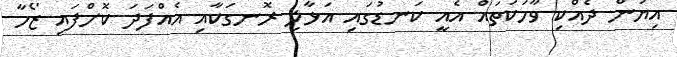
އިޔަން ދެއްކި ވާހަކަތައް އެއީ ކަނޑުގައި އަޅާލި ރޮނގަކާއި އެއްފަދަ ކޮށްފައި ޒޯހާ